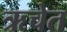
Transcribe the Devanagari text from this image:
ऋचेत